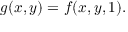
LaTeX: g ( x , y ) = f ( x , y , 1 ) .